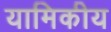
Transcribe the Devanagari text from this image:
यामिकीय